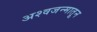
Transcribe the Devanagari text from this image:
अश्वजन्मातून